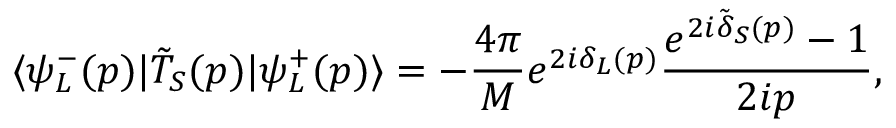
\langle \psi _ { L } ^ { - } ( p ) | \tilde { T } _ { S } ( p ) | \psi _ { L } ^ { + } ( p ) \rangle = - \frac { 4 \pi } { M } e ^ { 2 i \delta _ { L } ( p ) } \frac { e ^ { 2 i \tilde { \delta } _ { S } ( p ) } - 1 } { 2 i p } ,